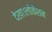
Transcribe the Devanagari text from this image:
देखा।लोकेशन